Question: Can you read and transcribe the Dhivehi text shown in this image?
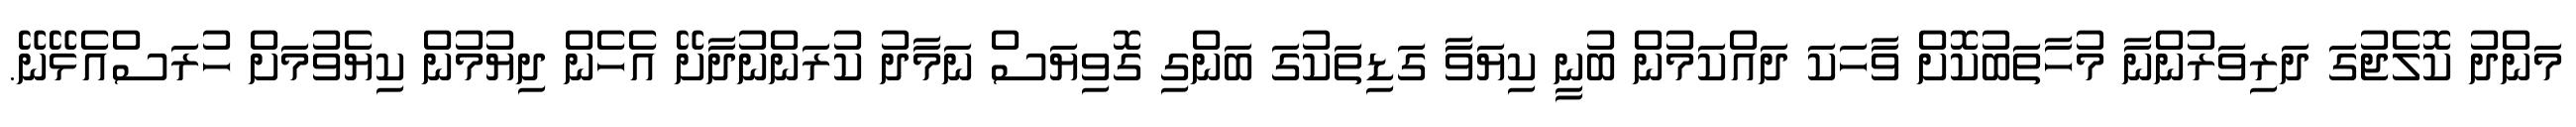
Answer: މަންދު ކޮލެޖުގަ ދަރިވަރުންނާ މުހާތަބުކޮށް ވާހަކަ ދައްކަމުން ބުނީ ކިޔަވަާ ގަޑިތަކުގަ ބަންގި ގޮވިޔަސް ނަމާދު ކުރަންނުދާށޭ އެހެން ދިޔުމުން ކިޔެވުމަށް ހުރަސްއެޅޭނޭ.